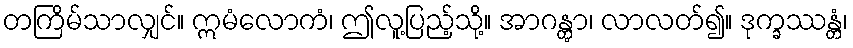
တကြိမ်သာလျှင်။ ဣမံလောကံ၊ ဤလူ့ပြည့်သို့။ အာဂန္တွာ၊ လာလတ်၍။ ဒုက္ခဿန္တံ၊